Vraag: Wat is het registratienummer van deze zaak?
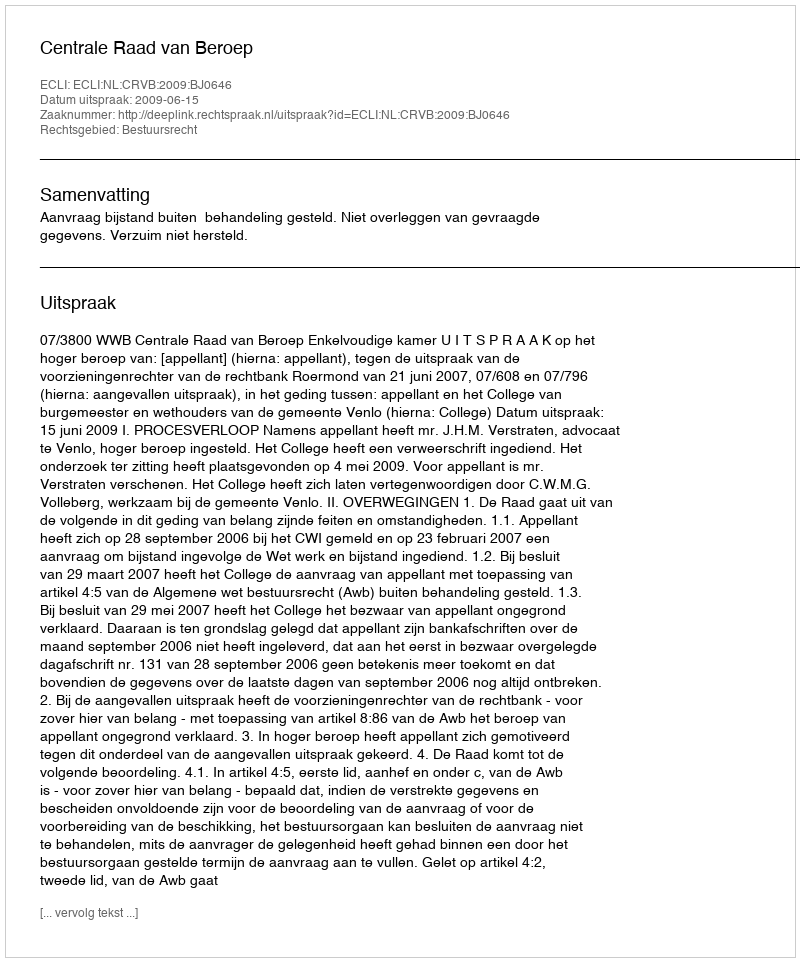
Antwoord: http://deeplink.rechtspraak.nl/uitspraak?id=ECLI:NL:CRVB:2009:BJ0646